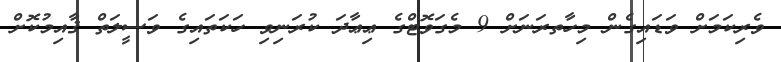
ވެރިކަމަށް ވަޑައިގެން މިހާތރަނަށް 9 މެގަވޮޓްގެ ޢިޢާދަ ކުރަނިވި ހަކަތައިގެ ވަސީލަތް ޤާއިމުކޮށް